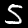
Label: 5